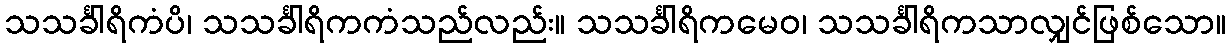
သသင်္ခါရိကံပိ၊ သသင်္ခါရိကကံသည်လည်း။ သသင်္ခါရိကမေဝ၊ သသင်္ခါရိကသာလျှင်ဖြစ်သော။